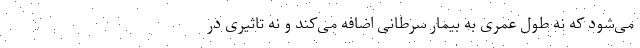
می‌شود که نه طول عمری به بیمار سرطانی اضافه می‌کند و نه تاثیری در